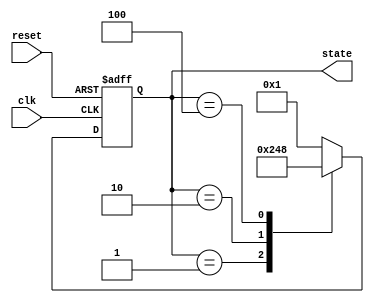
module ring_counter (
    input wire clk,         // Clock input
    input wire reset,       // Reset input
    output reg [3:0] state  // 4-bit output representing the current state
);

// Initial state
initial begin
    state = 4'b0001;  // Set initial state to State 0
end

// Sequential logic for state transitions
always @(posedge clk or posedge reset) begin
    if (reset) begin
        state <= 4'b0001; // Reset to initial state (State 0)
    end else begin
        case (state)
            4'b0001: state <= 4'b0010; // Transition from State 0 to State 1
            4'b0010: state <= 4'b0100; // Transition from State 1 to State 2
            4'b0100: state <= 4'b1000; // Transition from State 2 to State 3
            4'b1000: state <= 4'b0001; // Transition from State 3 back to State 0
            default: state <= 4'b0001; // Default case (should not occur)
        endcase
    end
end

endmodule